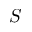
S